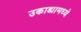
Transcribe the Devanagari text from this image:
उकाड्यामध्ये